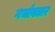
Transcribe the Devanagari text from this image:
गर्भावतार